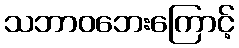
သဘာဝဘေးကြောင့်